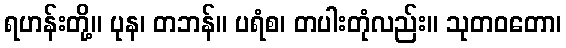
ရဟန်းတို့။ ပုန၊ တဘန်။ ပရံစ၊ တပါးတုံလည်း။ သုတဝတော၊